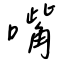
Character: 嘴